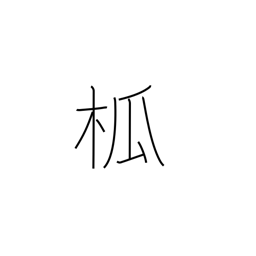
Meaning: spire